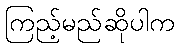
ကြည့်မည်ဆိုပါက